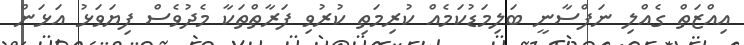
އިއްޒަތް ގެއްލި ނަފްސާނީ ބަލިމަޑުކަމެއް ކުރިމަތި ކުރުވި ފަރާތްތަކާ މެދުވެސް ފިޔަވަޅު އަޅަން